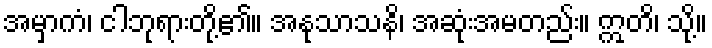
အမှာကံ၊ ငါဘုရားတို့၏။ အနုသာသနိ၊ အဆုံးအမတည်း။ ဣတိ၊ သို့။